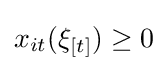
x_{it}(\xi _{[t]})\geq 0